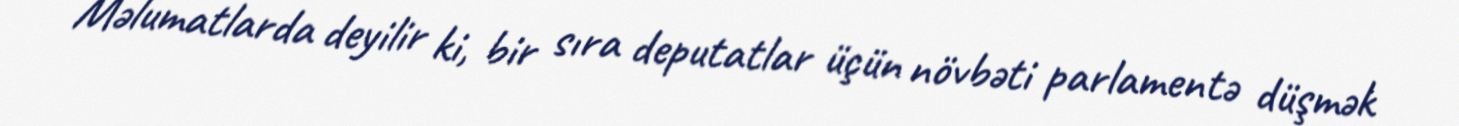
Məlumatlarda deyilir ki, bir sıra deputatlar üçün növbəti parlamentə düşmək